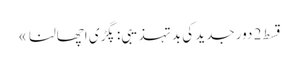
قسط 2	دور جدید کی بد تہذیبی: پگڑی اچھالنا »